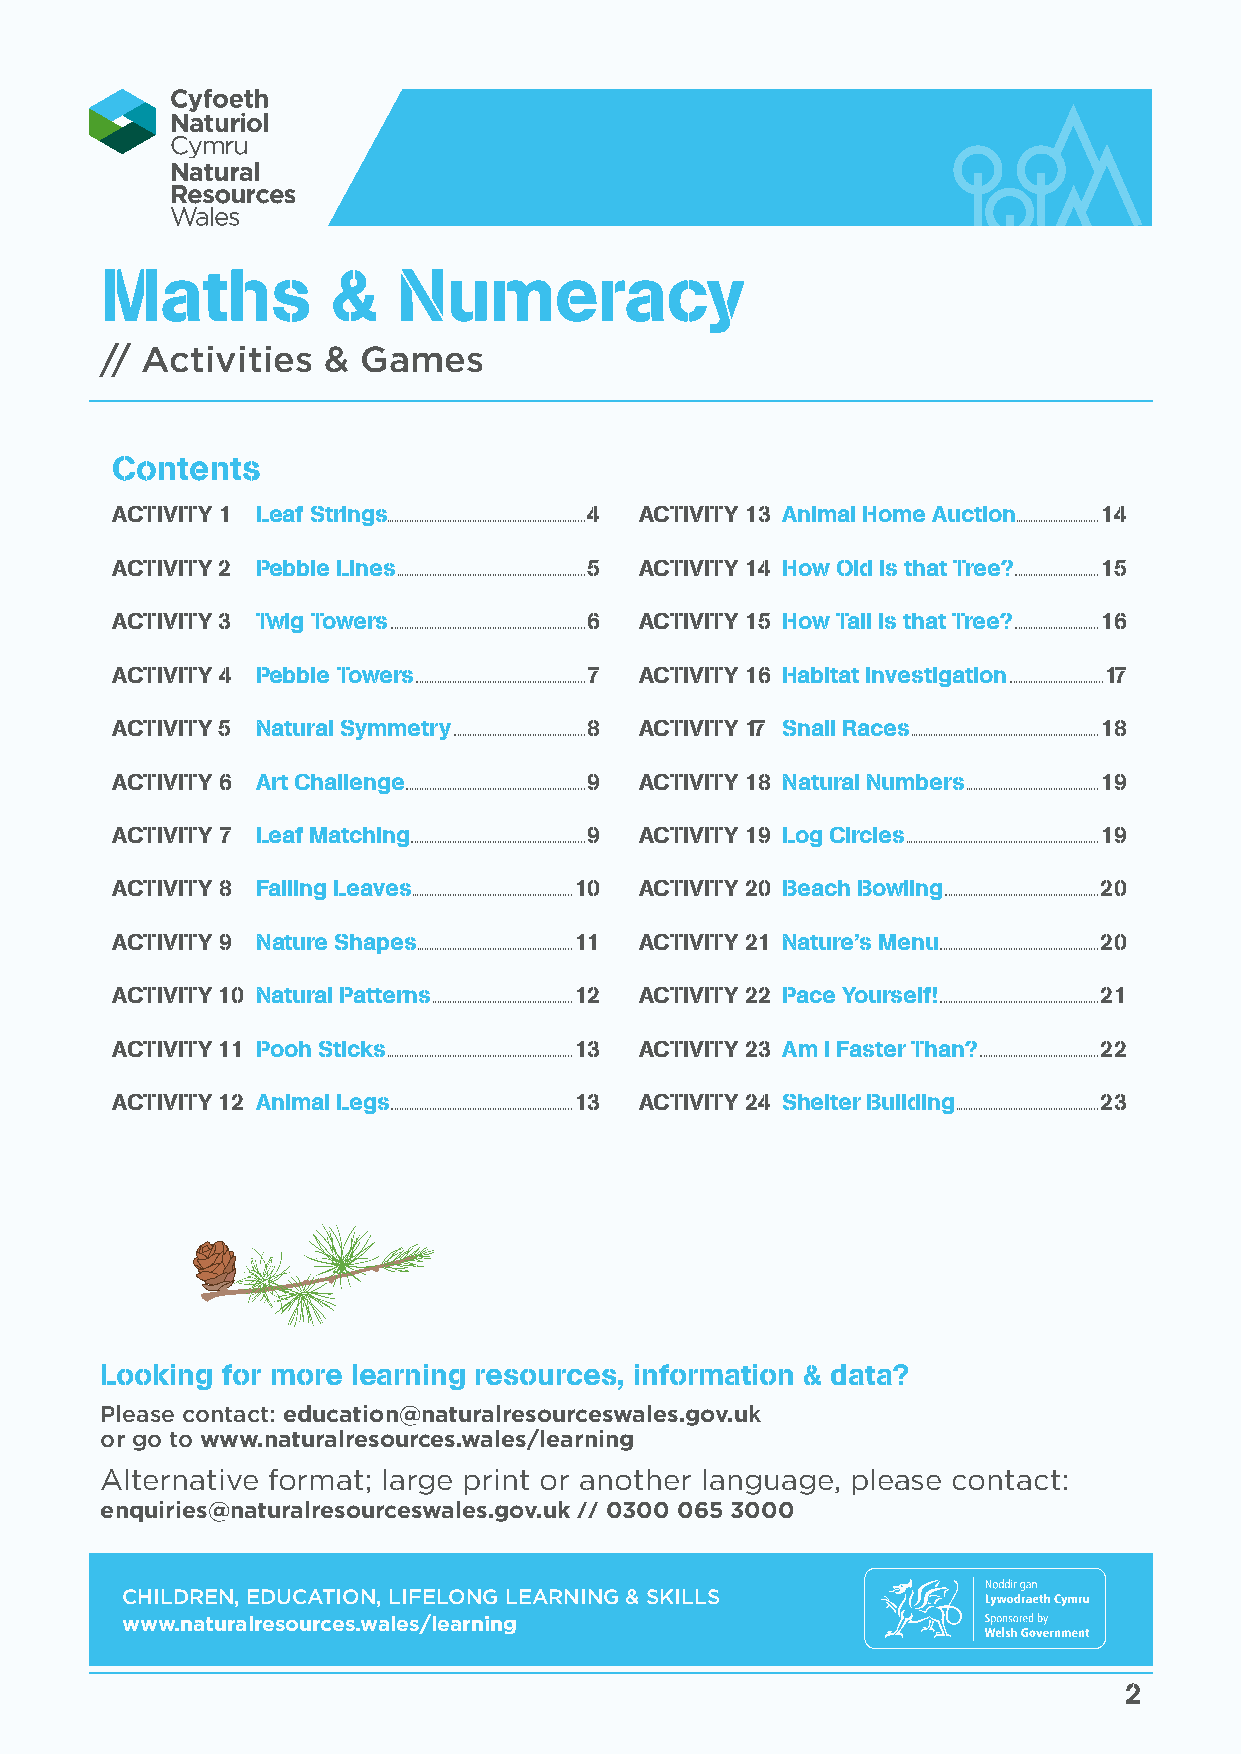
Maths          &   Numeracy
 // Activities &  Games
 Contents
 ACTIVITY 1 Leaf Strings         4  ACTIVITY 13 Animal Home Auction 14
 ............................................................................... .................................
 ACTIVITY 2 Pebble Lines         5  ACTIVITY 14 How Old is that Tree? 15
 ........................................................................... ..................................
 ACTIVITY 3 Twig Towers          6  ACTIVITY 15 How Tall is that Tree? 16
 .............................................................................. ..................................
 ACTIVITY 4 Pebble Towers        7  ACTIVITY 16 Habitat Investigation 17
 .................................................................... ......................................
 ACTIVITY 5 Natural Symmetry     8  ACTIVITY 17 Snail Races        18
 ..................................................... ...........................................................................
 ACTIVITY 6 Art Challenge        9  ACTIVITY 18 Natural Numbers    19
 ........................................................................ .....................................................
 ACTIVITY 7 Leaf Matching        9  ACTIVITY 19 Log Circles        19
 ...................................................................... .............................................................................
 ACTIVITY 8 Falling Leaves      10  ACTIVITY 20 Beach Bowling      20
 ................................................................ ..............................................................
 ACTIVITY 9 Nature Shapes       11  ACTIVITY 21 Nature’s Menu      20
 .............................................................. ................................................................
 ACTIVITY 10 Natural Patterns   12  ACTIVITY 22 Pace Yourself!     21
 ........................................................ ................................................................
 ACTIVITY 11 Pooh Sticks        13  ACTIVITY 23 Am I Faster Than?  22
 .......................................................................... ................................................
 ACTIVITY 12 Animal Legs        13  ACTIVITY 24 Shelter Building   23
 ......................................................................... .........................................................
 Looking for more learning resources, information & data?
 Please contact: education@naturalresourceswales.gov.uk
 or go to www.naturalresources.wales/learning
 Alternative format; large print or another language, please contact:
 enquiries@naturalresourceswales.gov.uk // 0300 065 3000
 CHILDREN, EDUCATION, LIFELONG LEARNING & SKILLS
 www.naturalresources.wales/learning
 2